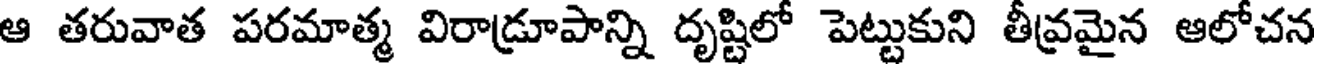
ఆ తరువాత పరమాత్మ విరాడ్రూపాన్ని దృష్టిలో పెట్టుకుని తీవ్రమైన ఆలోచన